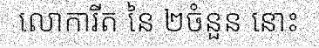
លោការីត នៃ ២ចំនួន នោះ